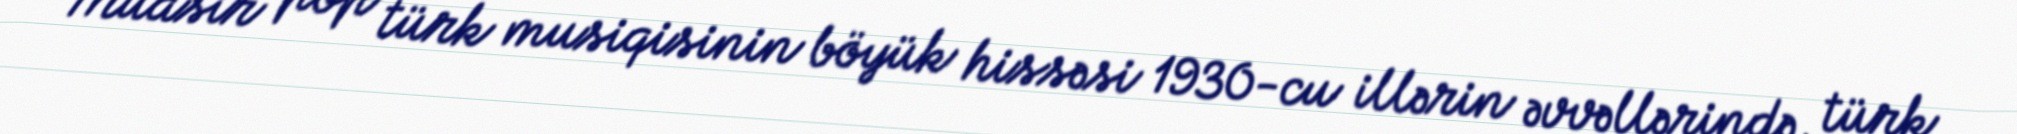
Müasir pop türk musiqisinin böyük hissəsi 1930-cu illərin əvvəllərində, türk